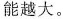
能越大。